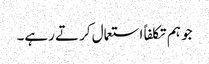
جو ہم تکلفاً استعمال کرتے رہے۔